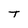
Character: T